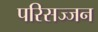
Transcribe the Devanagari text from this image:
परिसज्जन